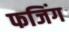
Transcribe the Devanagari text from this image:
फजिंग